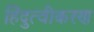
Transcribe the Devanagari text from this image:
हिंदुत्वीकरण